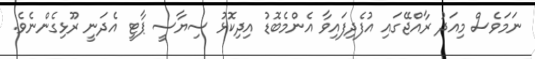
ނަމަވެސް މިއަދު ރާއްޖޭގައި އުފެދިފައިވާ އެންމެބޮޑު އިދިކޮޅު ސިޔާސީ ޕާޓީ އެދަނީ ރޫޅިގެންނެވެ.